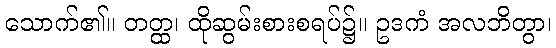
သောက်၏။ တတ္ထ၊ ထိုဆွမ်းစားစရပ်၌။ ဥဒကံ အလဘိတွာ၊